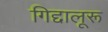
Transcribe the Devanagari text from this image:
गिद्दालूरू